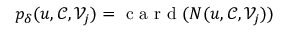
p _ { \delta } ( u , \mathcal { C } , \mathcal { V } _ { j } ) = \mathrm { ~ c ~ a ~ r ~ d ~ } ( N ( u , \mathcal { C } , \mathcal { V } _ { j } ) )